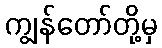
ကျွန်တော်တို့မှ